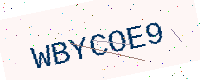
Text: WBYCOE9